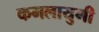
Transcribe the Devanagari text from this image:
कमलायुगी